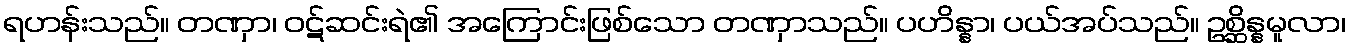
ရဟန်းသည်။ တဏှာ၊ ဝဋ်ဆင်းရဲ၏ အကြောင်းဖြစ်သော တဏှာသည်။ ပဟိန္နာ၊ ပယ်အပ်သည်။ ဥစ္ဆိန္နမူလာ၊